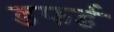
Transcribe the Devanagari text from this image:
डफर्ड